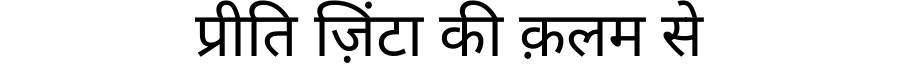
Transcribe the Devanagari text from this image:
प्रीति ज़िंटा की क़लम से